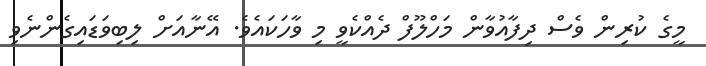
މީގެ ކުރިން ވެސް ދިފާއުވާން މަހްލޫފް ދެއްކެވީ މި ވާހަކައެވެ. އޭނާއަށް ލިބިވަޑައިގެންނެވި